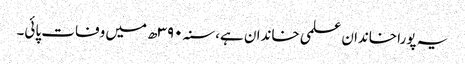
یہ پورا خاندان علمی خاندان ہے، سنہ ۳۹۰ھ میں وفات پائی۔